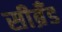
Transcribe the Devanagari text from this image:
सीब्रँड